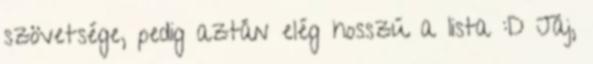
szövetsége, pedig aztán elég hosszú a lista :D Jaj,